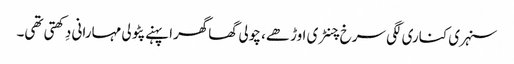
سنہری کناری لگی سرخ چنٹری اوڑھے، چولی گھاگھرا پہنے پٹولی مہارانی دِکھتی تھی۔